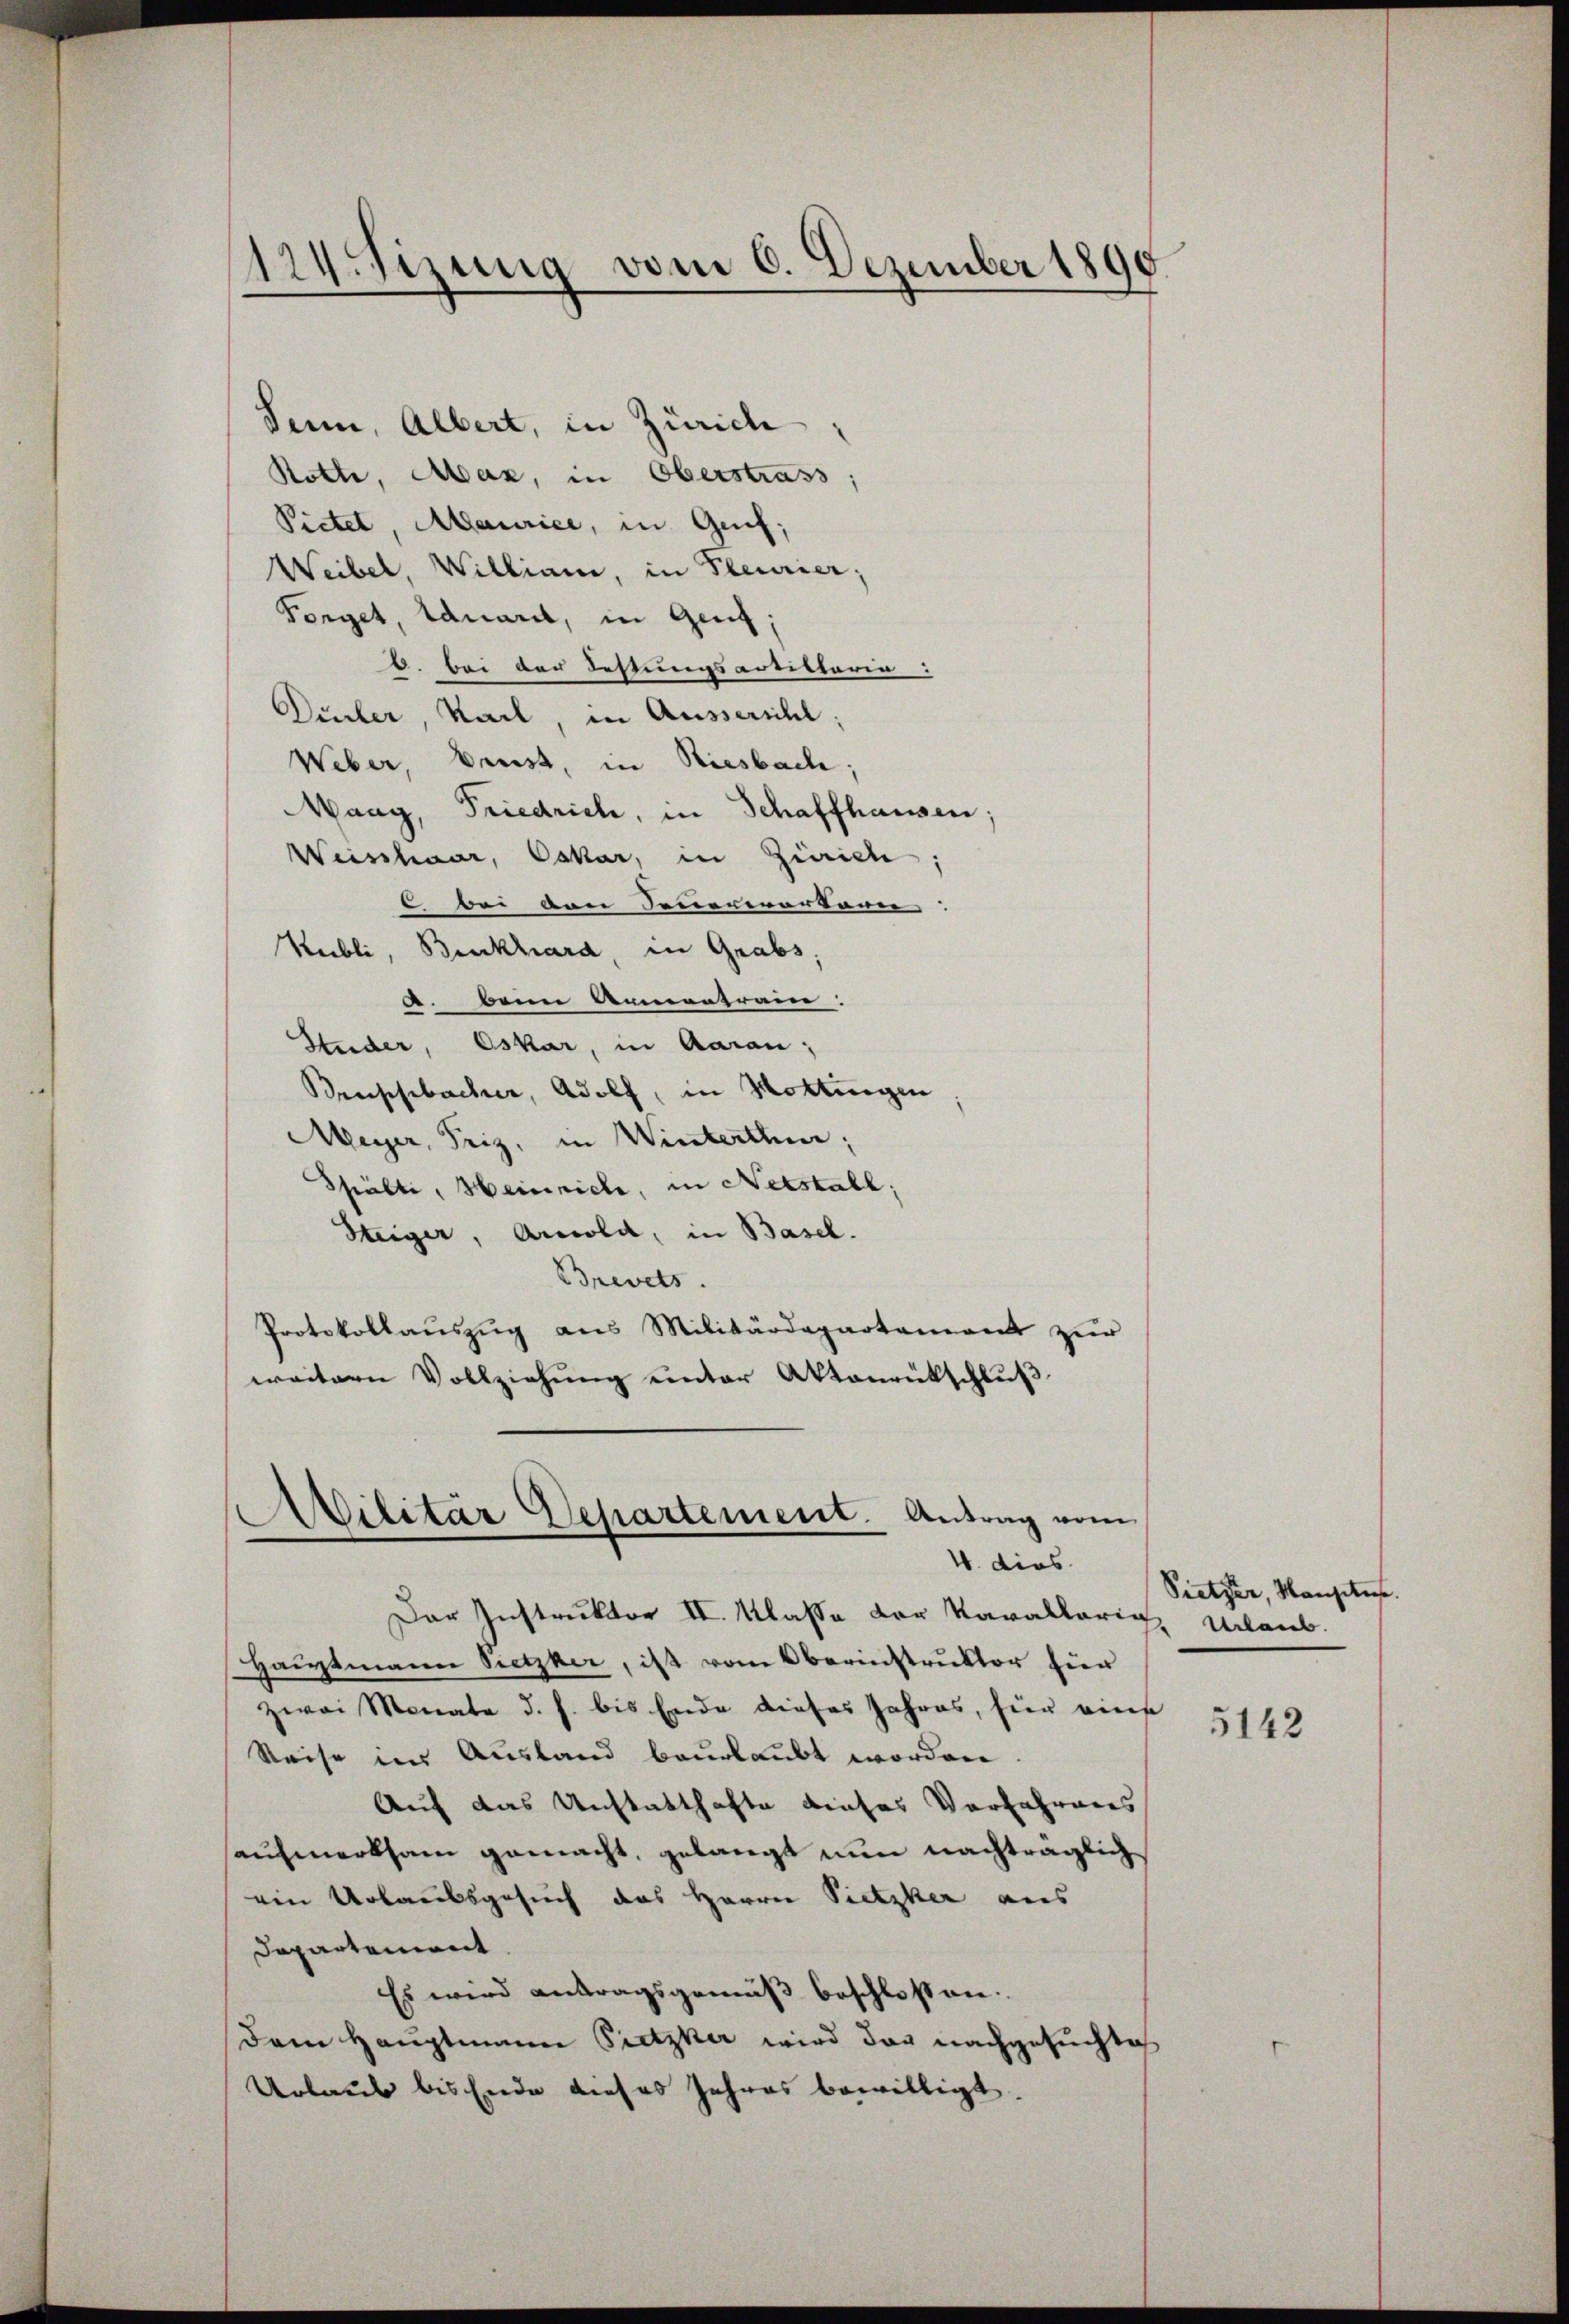
Senn, Albert, in Zürich
Rotte, Man, in Oberstrass;
Pictet, Maurice, in Guif;
Weibel, William, in Pleurier;
Forget, lauern, in Genf;
b. bei der Festungsartietaria:
Diuler, Kail, in Aussersihl,
Weber, Brust, in Riesbach;
Maag, Friedrich, in Schaffhausen:
Weisschaar, Oskar, in Zürich
 bei von Feuererortern
Hubli, Benckhard, in Grabs,
a. beim Armentrain.
Huder, Oskar, in Aarau;
Bruphbacher, Adolf, in Mottingen
Meyer, Friz, in Winterthur;
Spälti, Heinrich, in Netstall,
Steiger, Arcold, in Basel.
Brevets.
Protokollauszug aus Militärdepartament zur
weitern Vollziehung unter Aktenrückschluß

124 Sizung vom 6. Dezember 1890.

Avilitär Departement. Antrag vom
V. dies

Der Instruktor II. Klasse der Kavallaria Urlaub.
Haŭptmann Sietzker, ist vom Oberinstruktor hier
zwei Monate d. h. bis Ende dieses Jahres, für eine
Reise im Ausland beurlaubt worden.
Auf das Unstatthafte dieses Verfahrens
aufmerksam gemacht, gelangt nun nachträglich
ein Urlaubsgesuch das Herrn Pietzker aus
Departement
Es wird antragsgemäß beschlossen.
Dem Hauptmann Pretzker wird der nachgesuchte
Urlaub bis Ende dieses Jahres bewilligt.

Pretzer, Mangelese

5142